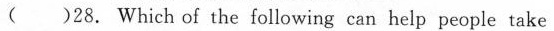
( )28. Which of the following can help people take